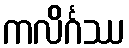
ကလိင်္ဂဿ